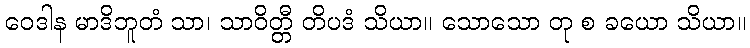
ဝေဒါန မာဒိဘူတံ သာ၊ သာဝိတ္တီ တိပဒံ သိယာ။ သောသော တု စ ခယော သိယာ။